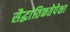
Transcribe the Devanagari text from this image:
सैद्धांतिकतेपेक्षा